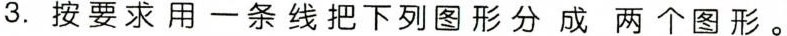
3.按要求用一条线把下列图形分成两个图形。